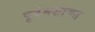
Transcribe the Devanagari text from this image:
पूर्वमशागत